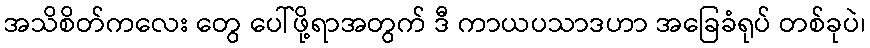
အသိစိတ်ကလေး တွေ ပေါ်ဖို့ရာအတွက် ဒီ ကာယပသာဒဟာ အခြေခံရုပ် တစ်ခုပဲ၊